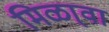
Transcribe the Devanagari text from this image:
मिळा्वा